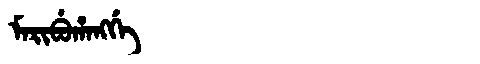
Manchu: ᠮᠠᡵᡳᠪᡠᡥᠠᠩᡤᡝ
Romanization: MARIBUHANGGE